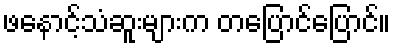
ဖနောင့်သံဆူးများက တပြောင်ပြောင်။